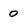
Character: 0